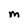
Character: m